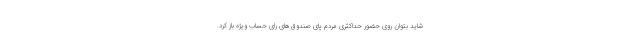
شاید بتوان روی حضور حداکثری مردم پای صندوق‌های رای حساب ویژه باز کرد.